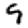
Digit: 9